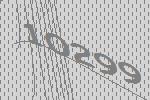
10299